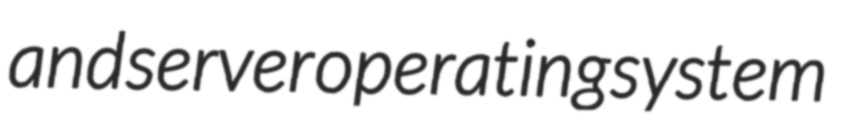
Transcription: and server operating system